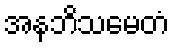
အနဘိသမေတံ